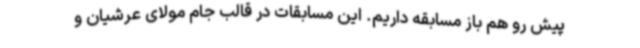
پیش رو هم باز مسابقه داریم. این مسابقات در قالب جام مولای عرشیان و